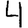
Digit: 4